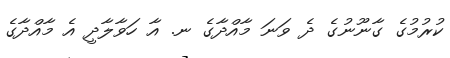
ކުރުމުގެ ގާނޫނުގެ ދެ ވަނަ މާއްދާގެ ނ. އާ ހަވާލާދީ އެ މާއްދާގެ